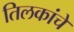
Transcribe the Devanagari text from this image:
तिलकांचे